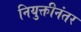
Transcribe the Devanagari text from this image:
नियुक्तीनंतर